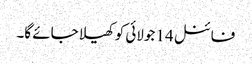
فائنل 14 جولائی کو کھیلا جائے گا۔